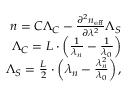
\begin{array} { r } { n = C \Lambda _ { C } - \frac { \partial ^ { 2 } n _ { \mathrm { e f f } } } { \partial \lambda ^ { 2 } } \Lambda _ { S } } \\ { \Lambda _ { C } = L \cdot \left( \frac { 1 } { \lambda _ { n } } - \frac { 1 } { \lambda _ { 0 } } \right) } \\ { \Lambda _ { S } = \frac { L } { 2 } \cdot \left( \lambda _ { n } - \frac { \lambda _ { n } ^ { 2 } } { \lambda _ { 0 } } \right) , } \end{array}